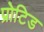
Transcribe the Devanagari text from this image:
प्रोटिड